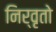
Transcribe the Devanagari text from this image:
निर्वृतो